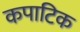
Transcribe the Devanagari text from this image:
कपाटिक